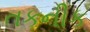
તકનીક